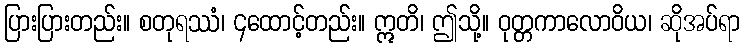
ပြားပြားတည်း။ စတုရဿံ၊ ၄ထောင့်တည်း။ ဣတိ၊ ဤသို့။ ဝုတ္တကာလောဝိယ၊ ဆိုအပ်ရာ